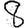
Digit: 8